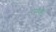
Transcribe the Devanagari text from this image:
रंगहै।